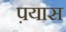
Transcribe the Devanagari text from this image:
प़यास